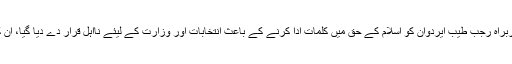
2002 کے انتخابات کے موقع پر انصاف و ترقی پارٹی کے سربراہ رجب طیب ایردوان کو اسلام کے حق میں کلمات ادا کرنے کے باعث انتخابات اور وزارت کے لیئے نااہل قرار دے دیا گیا، ان کی جگہ ان کے نائب عبداللہ گل نے وزیراعظم کا عہدہ سنبھالا ۔